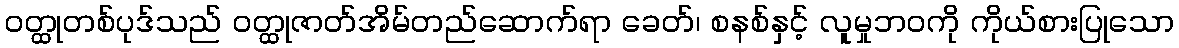
ဝတ္ထုတစ်ပုဒ်သည် ဝတ္ထုဇာတ်အိမ်တည်ဆောက်ရာ ခေတ်၊ စနစ်နှင့် လူမှုဘဝကို ကိုယ်စားပြုသော